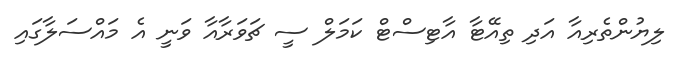
ލިޔުންތެރިއާ އަދި ތިއޭޓާ އާޓިސްޓް ކަމަލް ސީ ޗަވަރާއާ ވަނީ އެ މައްސަލާގައި